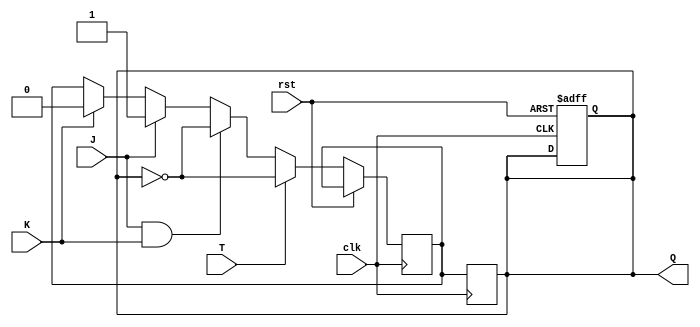
module TJKFlipFlop (
    input wire clk,
    input wire rst,
    input wire T,
    input wire J,
    input wire K,
    output reg Q
);

reg Q_next;

always @(posedge clk or posedge rst) begin
    if (rst) begin
        Q <= 1'b0;
    end else begin
        if (T) begin
            Q_next <= ~Q;
        end else begin
            if (J & K) begin
                Q_next <= ~Q;
            end else if (J) begin
                Q_next <= 1'b1;
            end else if (K) begin
                Q_next <= 1'b0;
            end
        end
    end
end

always @(posedge clk) begin
    Q <= Q_next;
end

endmodule